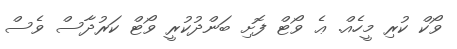
ވޯކް ކުރި މީހެއް. ޢެ ވޯޓް ފޮށި ބަންދުކުރީ ވޯޓް ކަރުދާސް ވެސް